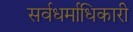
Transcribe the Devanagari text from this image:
सर्वधर्माधिकारी